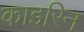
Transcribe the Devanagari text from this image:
काइरिन